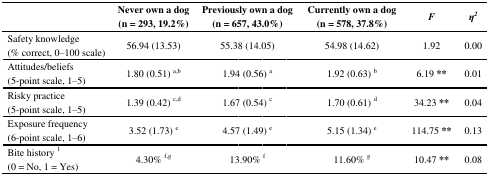
<table><thead><tr><td rowspan="2"></td><td><b>Never own a dog</b></td><td><b>Previously own a dog</b></td><td><b>Currently own a dog</b></td><td rowspan="2"><b><i>F</i></b></td><td rowspan="2"><b><i>η<sup>2</sup></i></b></td></tr><tr><td><b> (n = 293, 19.2%)</b></td><td><b> (n = 657, 43.0%)</b></td><td><b> (n = 578, 37.8%)</b></td></tr></thead><tbody><tr><td>Safety knowledge</td><td rowspan="2">56.94 (13.53)</td><td rowspan="2">55.38 (14.05)</td><td rowspan="2">54.98 (14.62)</td><td rowspan="2">1.92</td><td rowspan="2">0.00</td></tr><tr><td>(% correct, 0–100 scale)</td></tr><tr><td>Attitudes/beliefs</td><td rowspan="2">1.80 (0.51) <sup>a,b</sup></td><td rowspan="2">1.94 (0.56) <sup>a</sup></td><td rowspan="2">1.92 (0.63) <sup>b</sup></td><td rowspan="2">6.19 **</td><td rowspan="2">0.01</td></tr><tr><td>(5-point scale, 1–5)</td></tr><tr><td>Risky practice</td><td rowspan="2">1.39 (0.42) <sup>c,d</sup></td><td rowspan="2">1.67 (0.54) <sup>c</sup></td><td rowspan="2">1.70 (0.61) <sup>d</sup></td><td rowspan="2">34.23 **</td><td rowspan="2">0.04</td></tr><tr><td>(5-point scale, 1–5)</td></tr><tr><td>Exposure frequency</td><td rowspan="2">3.52 (1.73) <sup>e</sup></td><td rowspan="2">4.57 (1.49) <sup>e</sup></td><td rowspan="2">5.15 (1.34) <sup>e</sup></td><td rowspan="2">114.75 **</td><td rowspan="2">0.13</td></tr><tr><td>(6-point scale, 1–6)</td></tr><tr><td>Bite history <sup>1</sup></td><td rowspan="2">4.30% <sup>f,g</sup></td><td rowspan="2">13.90% <sup>f</sup></td><td rowspan="2">11.60% <sup>g</sup></td><td rowspan="2">10.47 **</td><td rowspan="2">0.08</td></tr><tr><td>(0 = No, 1 = Yes)</td></tr></tbody></table>